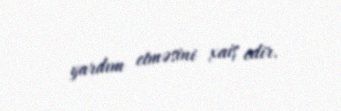
yardım etməsini xaiş edir.